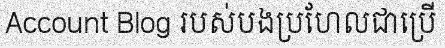
Account Blog របស់បងប្រហែលជាប្រើ